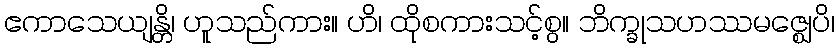
ဧကာသေယျန္တိ၊ ဟူသည်ကား။ ဟိ၊ ထိုစကားသင့်စွ။ ဘိက္ခုသဟဿမဇ္ဈေပိ၊